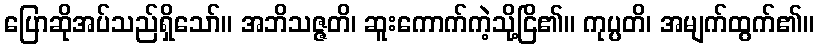
ပြောဆိုအပ်သည်ရှိသော်။ အဘိသဇ္ဇတိ၊ ဆူးကောက်ကဲ့သို့ငြိ၏။ ကုပ္ပတိ၊ အမျက်ထွက်၏။